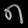
Digit: ၈